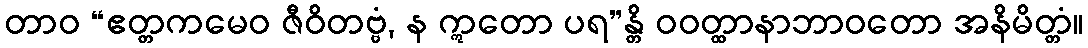
တာဝ “ဧတ္တကမေဝ ဇီဝိတဗ္ဗံ, န ဣတော ပရ”န္တိ ဝဝတ္ထာနာဘာဝတော အနိမိတ္တံ။